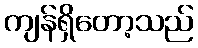
ကျန်ရှိတော့သည်